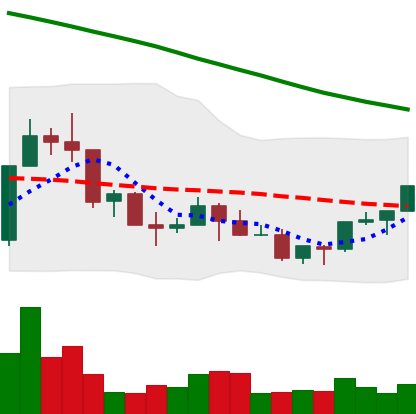
Ticker: NEO-USD
Chart end date: 2022-03-19
Forward return: 10.327%
Label: up_7plus